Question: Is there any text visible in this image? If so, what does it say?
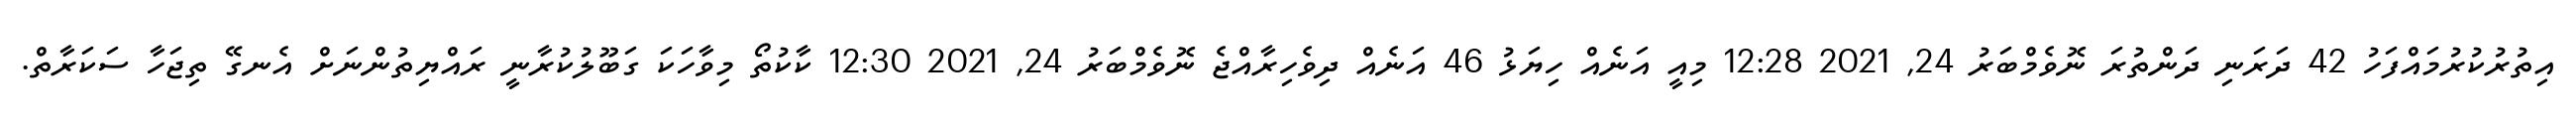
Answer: އިތުރުކުރުމައްފަހު 42 ދަރަނި ދަންތުރަ ނޮވެމްބަރު 24, 2021 12:28 މިއީ އަނެއް ހިޔަޅު 46 އަނެއް ދިވެހިރާއްޖެ ނޮވެމްބަރު 24, 2021 12:30 ކާކުތޯ މިވާހަކަ ގަބޫލުކުރާނީ ރައްޔިތުންނަށް އެނގޭ ތިޖަހާ ސަކަރާތް.